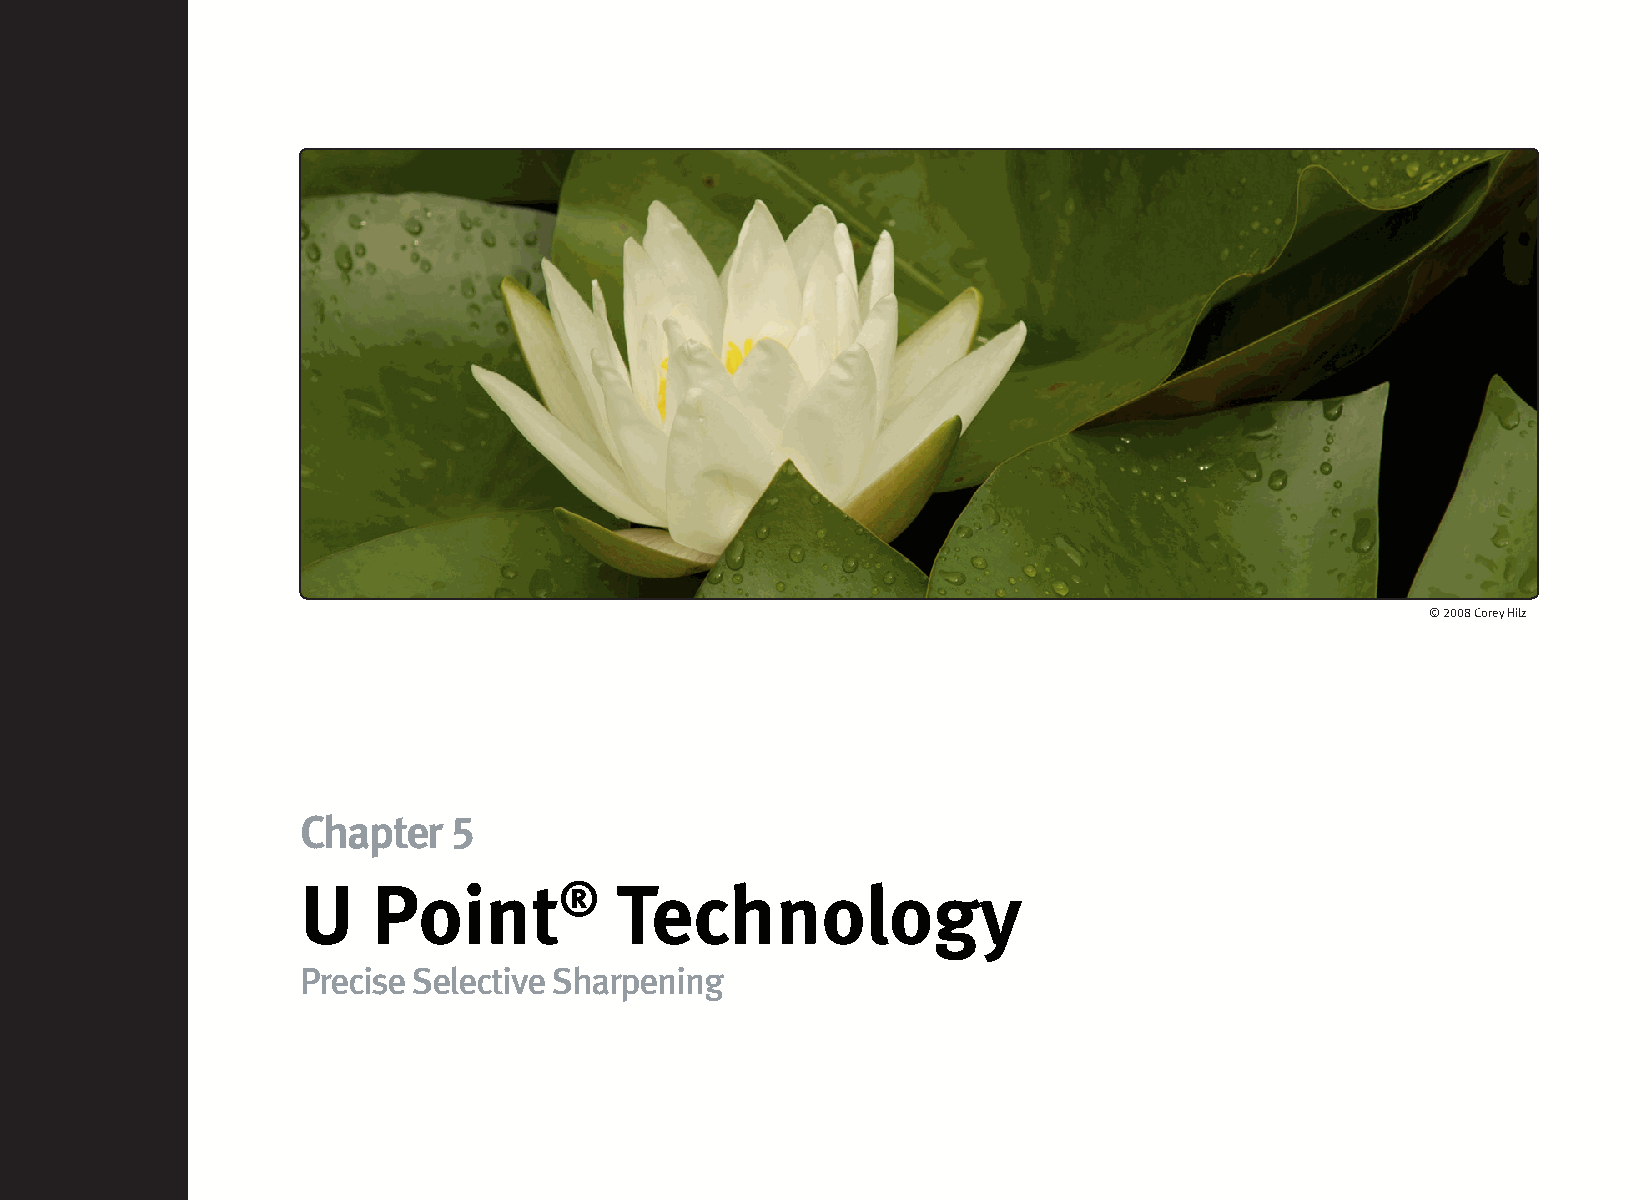
© 2008 Corey Hilz
 Chapter   5
 U    Point®          Technology
 Precise Selective Sharpening